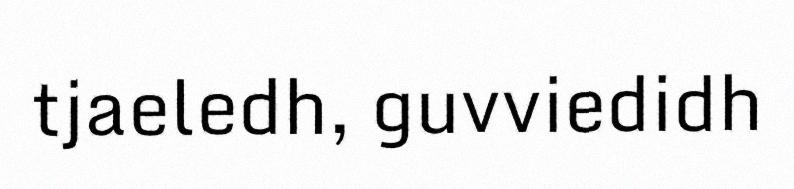
tjaeledh, guvviedidh